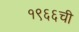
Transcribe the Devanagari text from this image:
१९६६ची